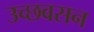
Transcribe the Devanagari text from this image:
उच्छवसन